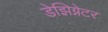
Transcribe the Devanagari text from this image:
डेझिग्नेटर